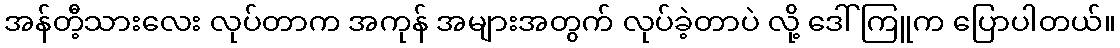
အန်တီ့သားလေး လုပ်တာက အကုန် အများအတွက် လုပ်ခဲ့တာပဲ လို့ ဒေါ်ကြူက ပြောပါတယ်။